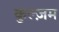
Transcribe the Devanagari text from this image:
कुल्ज़म